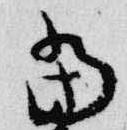
当